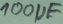
Text: 100µF